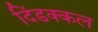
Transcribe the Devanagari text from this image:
दिंडक्कल